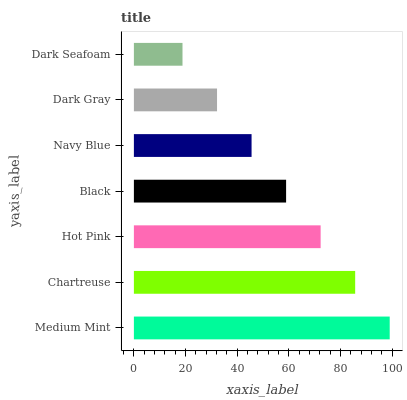
| yaxis_label | bars |
 | --- | --- |
 | Medium Mint | 99 |
 | Chartreuse | 85.6 |
 | Hot Pink | 72.3 |
 | Black | 58.9 |
 | Navy Blue | 45.5 |
 | Dark Gray | 32.2 |
 | Dark Seafoam | 18.8 |